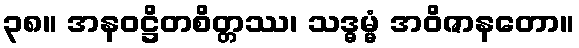
၃၈။ အနဝဋ္ဌိတစိတ္တဿ၊ သဒ္ဓမ္မံ အဝိဇာနတော။